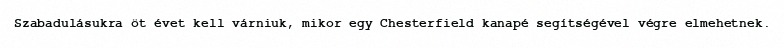
Szabadulásukra öt évet kell várniuk, mikor egy Chesterfield kanapé segítségével végre elmehetnek.